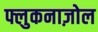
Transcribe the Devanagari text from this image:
फ्लुकनाज़ोल